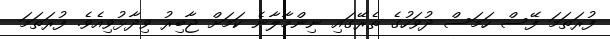
ފުރަތަމަ ފޭސް ހަމަސް ދުވަހުގެ ތެރޭގައި ނިންމާލާނެ ކަމަށް ޖާބިރު ވިދާޅުވިއެވެ. ފުރަތަމަ